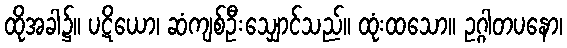
ထိုအခါ၌။ ပဋိယော၊ ဆံကျစ်ဦးသျှောင်သည်။ ထုံးထသော။ ဥဂ္ဂါတပနော၊